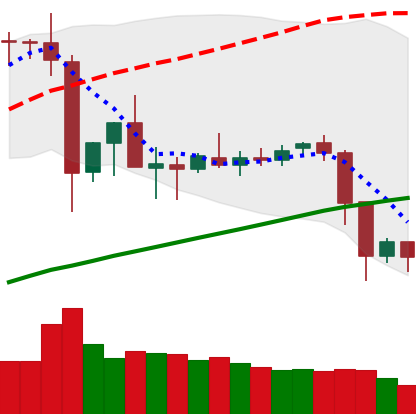
Ticker: ETC-USD
Chart end date: 2019-07-13
Forward return: -8.655%
Label: down_7plus